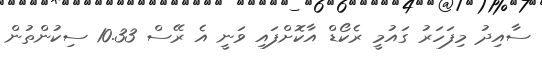
ސާއިދު މިފަހަރު ގައުމީ ރެކޯޑް އާކޮށްްފައި ވަނީ އެ ރޭސް 10.33 ސިކުންތުން